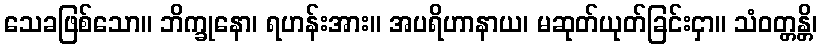
သေခဖြစ်သော။ ဘိက္ခုနော၊ ရဟန်းအား။ အပရိဟာနာယ၊ မဆုတ်ယုတ်ခြင်းငှာ။ သံဝတ္တန္တိ၊